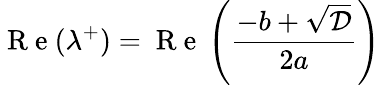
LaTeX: \mathrm{~R~e~}(\lambda^{+})=\mathrm{~R~e~}\left(\frac{-b+\sqrt{\mathcal{D}}}{2a}\right)